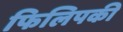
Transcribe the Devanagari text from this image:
फिलिपकी